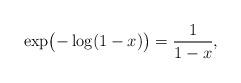
LaTeX: \begin{align*} \exp \bigl( - \log (1-x) \bigr) = \frac{1}{1 - x}, \end{align*}